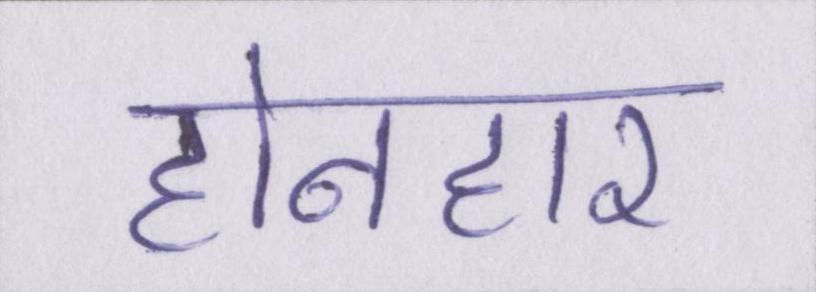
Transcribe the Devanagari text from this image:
होनहार